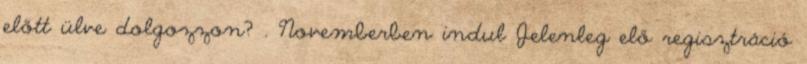
előtt ülve dolgozzon? . Novemberben indul Jelenleg elő regisztráció